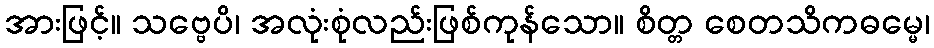
အားဖြင့်။ သဗ္ဗေပိ၊ အလုံးစုံလည်းဖြစ်ကုန်သော။ စိတ္တ စေတသိကဓမ္မေ၊